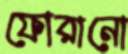
ফোরানো